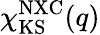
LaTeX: \chi_{\mathrm{KS}}^{\mathrm{NXC}}(q)